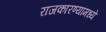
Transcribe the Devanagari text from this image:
राजकारण्यांमध्ये